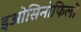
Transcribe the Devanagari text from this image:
इओसिनोफिलों